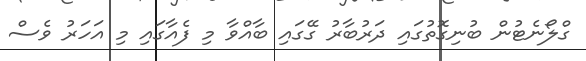
ގްލޯނެޓުން ބުނިގޮތުގައި ދަރުބާރު ގޭގައި ބާއްވާ މި ފެއާގައި މި އަހަރު ވެސް